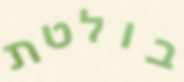
בולטת